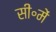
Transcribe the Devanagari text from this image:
सी॰में